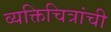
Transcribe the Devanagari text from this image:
व्यक्तिचित्रांची